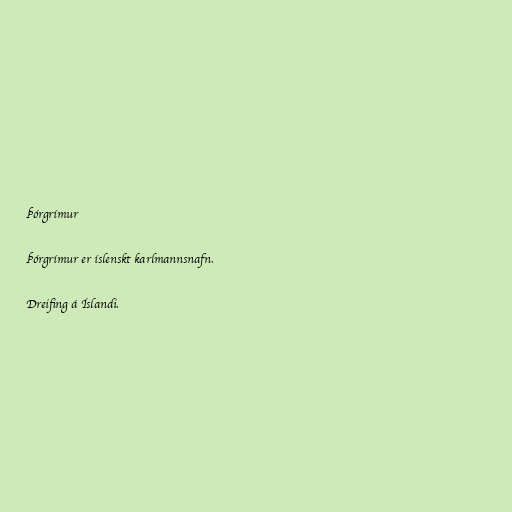
Þórgrímur

Þórgrímur er íslenskt karlmannsnafn.

Dreifing á Íslandi.